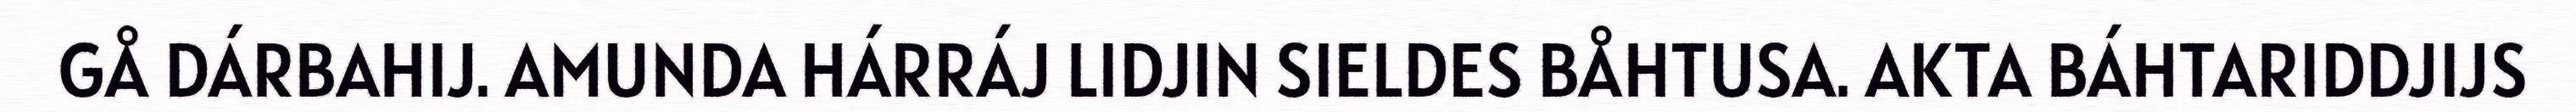
GÅ DÁRBAHIJ. AMUNDA HÁRRÁJ LIDJIN SIELDES BÅHTUSA. AKTA BÁHTARIDDJIJS